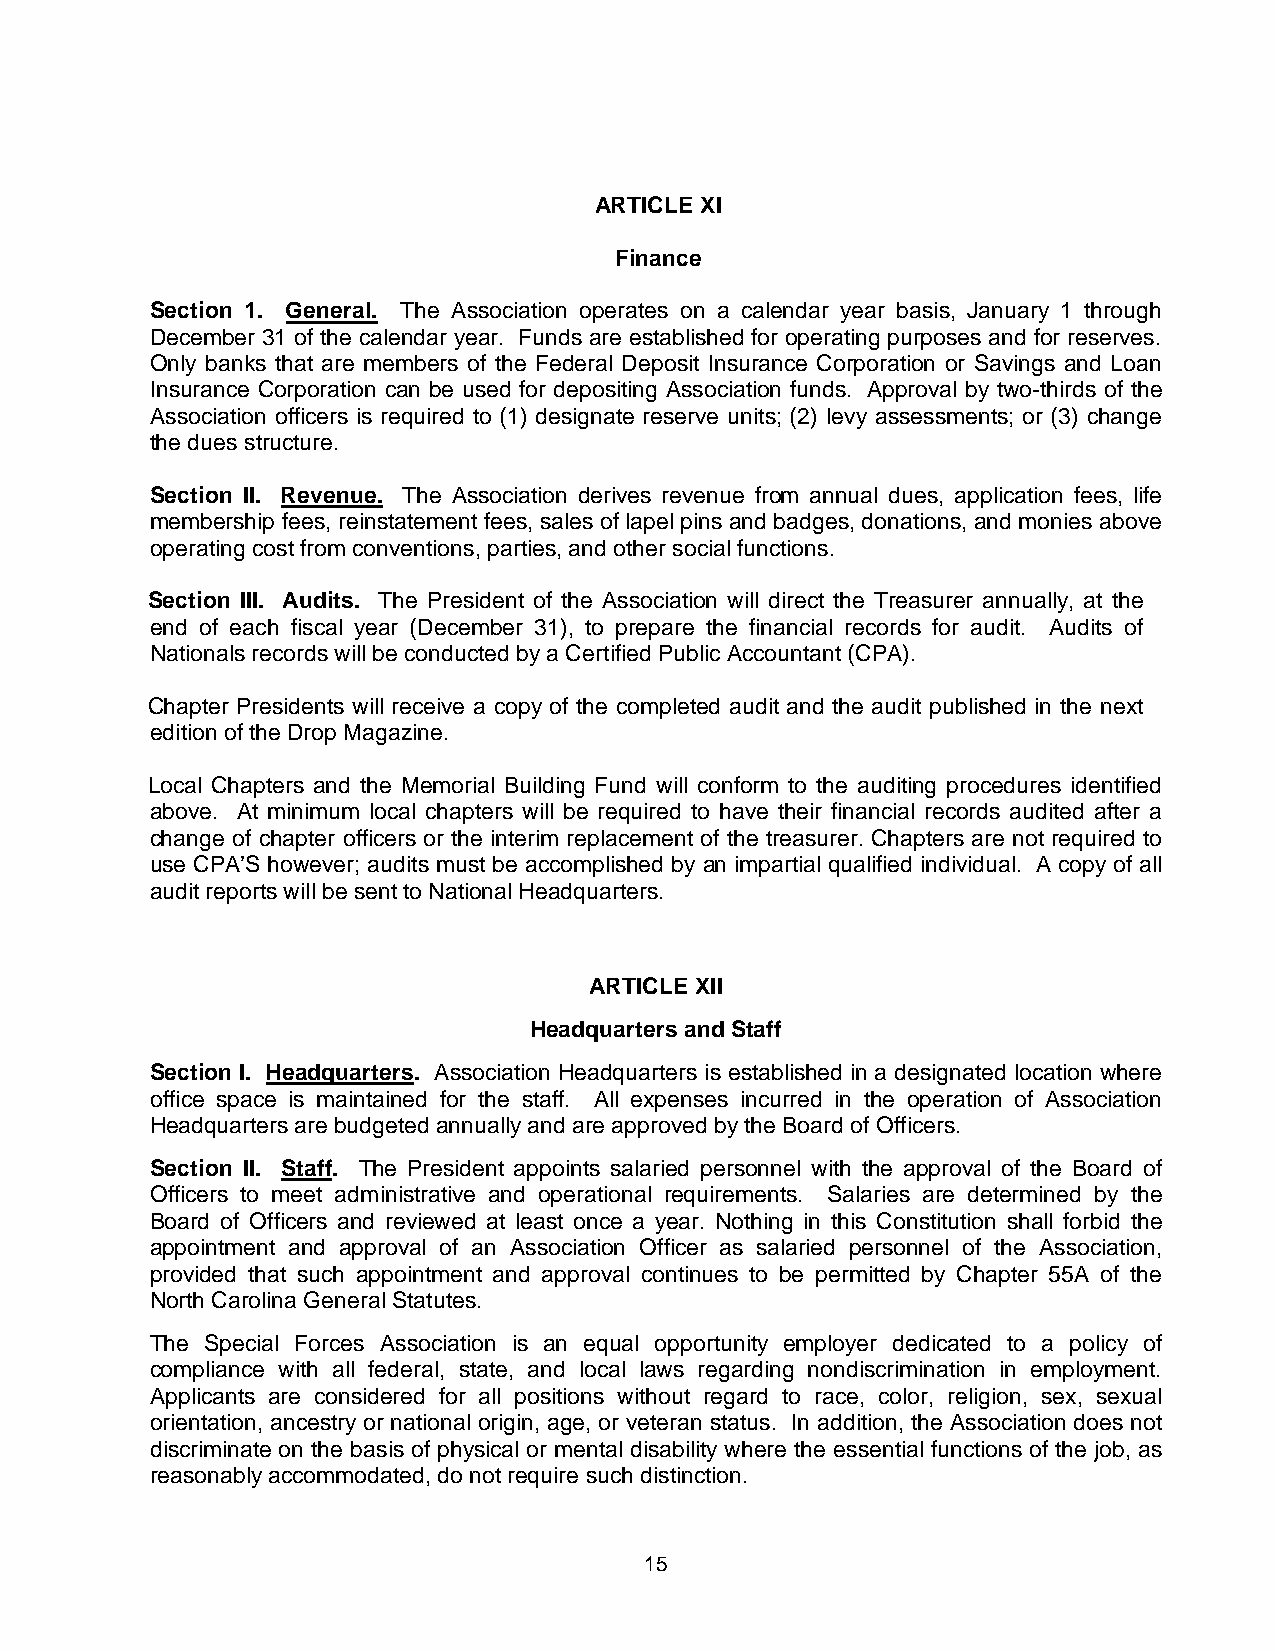
ARTICLE XI
 Finance
 Section 1. General. The Association operates on a calendar year basis, January 1 through
 December 31 of the calendar year. Funds are established for operating purposes and for reserves.
 Only banks that are members of the Federal Deposit Insurance Corporation or Savings and Loan
 Insurance Corporation can be used for depositing Association funds. Approval by two-thirds of the
 Association officers is required to (1) designate reserve units; (2) levy assessments; or (3) change
 the dues structure.
 Section II. Revenue. The Association derives revenue from annual dues, application fees, life
 membership fees, reinstatement fees, sales of lapel pins and badges, donations, and monies above
 operating cost from conventions, parties, and other social functions.
 Section III. Audits. The President of the Association will direct the Treasurer annually, at the
 end of each fiscal year (December 31), to prepare the financial records for audit. Audits of
 Nationals records will be conducted by a Certified Public Accountant (CPA).
 Chapter Presidents will receive a copy of the completed audit and the audit published in the next
 edition of the Drop Magazine.
 Local Chapters and the Memorial Building Fund will conform to the auditing procedures identified
 above. At minimum local chapters will be required to have their financial records audited after a
 change of chapter officers or the interim replacement of the treasurer. Chapters are not required to
 use CPA’S however; audits must be accomplished by an impartial qualified individual. A copy of all
 audit reports will be sent to National Headquarters.
 ARTICLE XII
 Headquarters and Staff
 Section I. Headquarters. Association Headquarters is established in a designated location where
 office space is maintained for the staff. All expenses incurred in the operation of Association
 Headquarters are budgeted annually and are approved by the Board of Officers.
 Section II. Staff. The President appoints salaried personnel with the approval of the Board of
 Officers to meet administrative and operational requirements. Salaries are determined by the
 Board of Officers and reviewed at least once a year. Nothing in this Constitution shall forbid the
 appointment and approval of an Association Officer as salaried personnel of the Association,
 provided that such appointment and approval continues to be permitted by Chapter 55A of the
 North Carolina General Statutes.
 The Special Forces Association is an equal opportunity employer dedicated to a policy of
 compliance with all federal, state, and local laws regarding nondiscrimination in employment.
 Applicants are considered for all positions without regard to race, color, religion, sex, sexual
 orientation, ancestry or national origin, age, or veteran status. In addition, the Association does not
 discriminate on the basis of physical or mental disability where the essential functions of the job, as
 reasonably accommodated, do not require such distinction.
 15